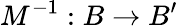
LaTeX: M^{-1}:B\rightarrow B^{\prime}